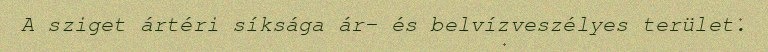
A sziget ártéri síksága ár- és belvízveszélyes terület.